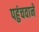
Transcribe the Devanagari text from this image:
पहुंचवाने